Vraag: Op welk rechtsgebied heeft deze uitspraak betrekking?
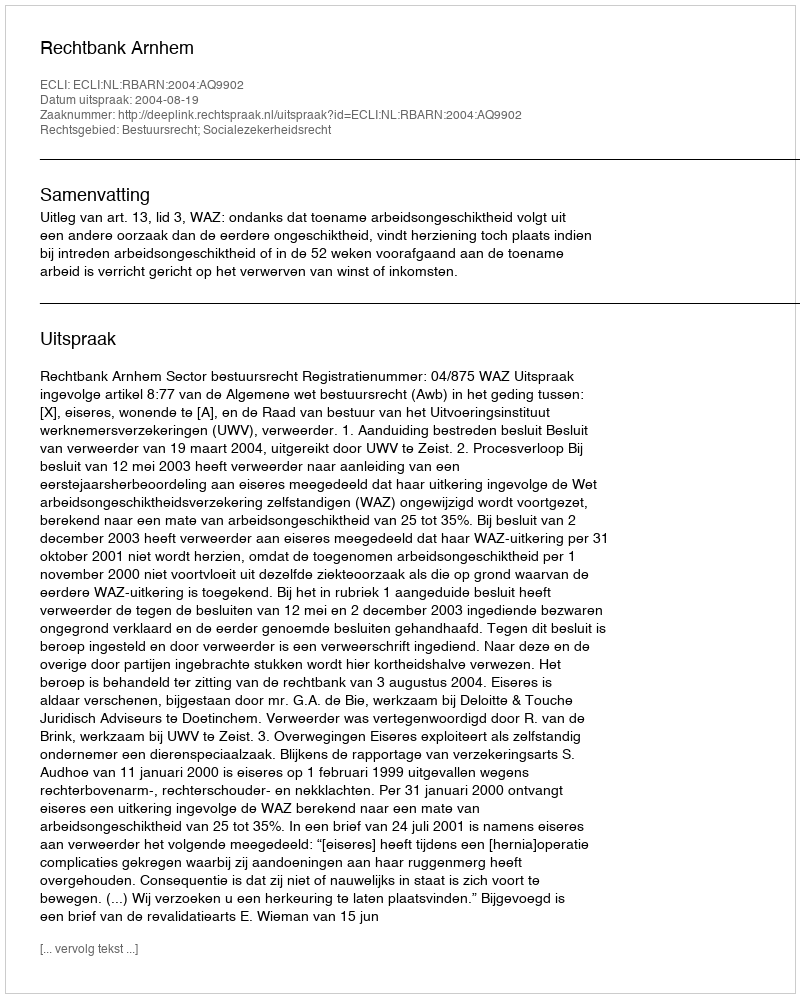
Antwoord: Bestuursrecht; Socialezekerheidsrecht